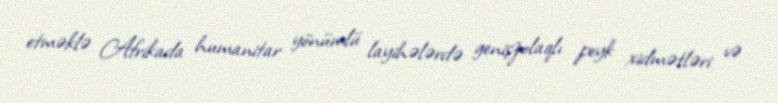
etməklə Afrikada humanitar yönümlü layihələrdə genişzolaqlı peyk xidmətləri və